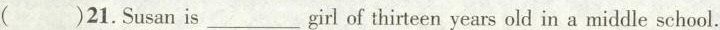
( )21.Susan is___girl of thirteen years old in a middle school.